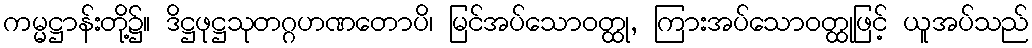
ကမ္မဋ္ဌာန်းတို့၌။ ဒိဋ္ဌဖုဋ္ဌသုတဂ္ဂဟဏတောပိ၊ မြင်အပ်သောဝတ္ထု, ကြားအပ်သောဝတ္ထုဖြင့် ယူအပ်သည်